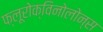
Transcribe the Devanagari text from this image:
फ्लूरोक्विनोलोन्स